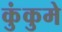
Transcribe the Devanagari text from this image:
कुंकुमे